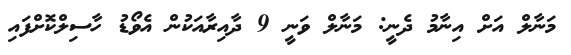
މަނާލް އަށް އިނާމު ދެނީ: މަނާލް ވަނީ 9 ދާއިރާއަކުން އެވޯޑު ހާސިލްކޮށްފައި